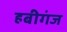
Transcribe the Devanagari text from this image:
हबीगंज